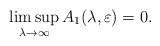
LaTeX: \begin{align*}\limsup_{\lambda\to \infty} A_1(\lambda,\varepsilon)=0.\end{align*}